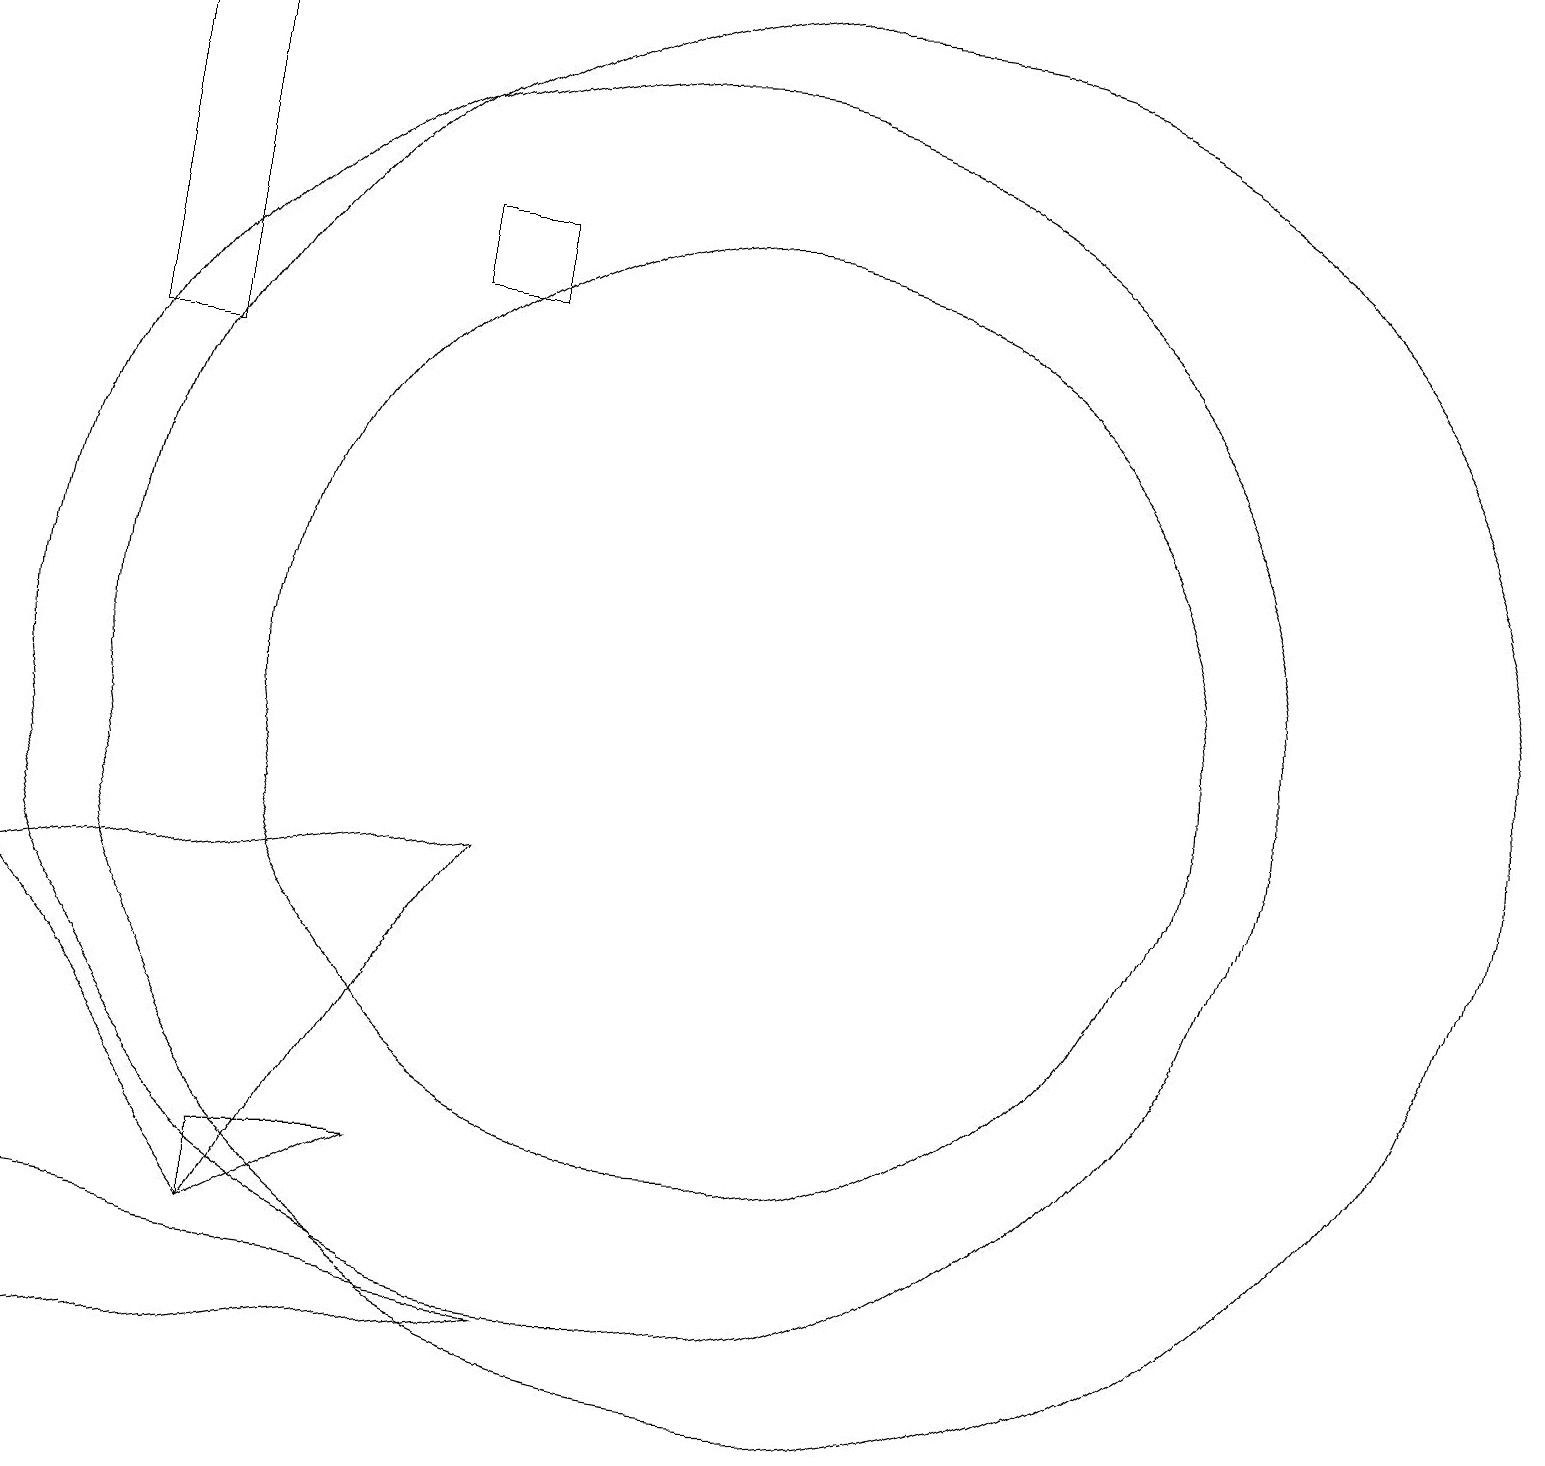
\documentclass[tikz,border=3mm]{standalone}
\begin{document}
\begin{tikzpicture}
\draw (5,4) -- (5,3) -- (7,4) -- cycle;
\draw (11,10) circle (6);
\draw (2,3) -- (9,2) -- (2,1) -- cycle;
\draw (8,15) rectangle (7,16);
\draw (4,14) rectangle (3,19);
\draw (12,10) circle (9);
\draw (10,10) circle (8);
\draw (2,7) -- (5,3) -- (8,8) -- cycle;
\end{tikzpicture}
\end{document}